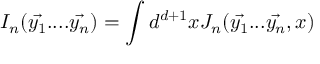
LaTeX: I _ { n } ( \vec { y _ { 1 } } . . . . \vec { y _ { n } } ) = \int d ^ { d + 1 } x J _ { n } ( \vec { y _ { 1 } } . . . \vec { y _ { n } } , x )